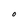
Character: O